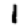
Digit: 1